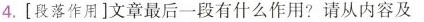
4.[段落作用]文章最后一段有什么作用?请从内容及